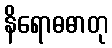
နိရောဓဓာတု